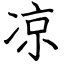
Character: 凉